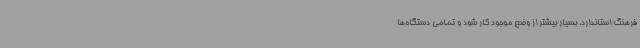
فرهنگ استاندارد، بسیار بیشتر از وضع موجود کار شود و تمامی دستگاه‌ها